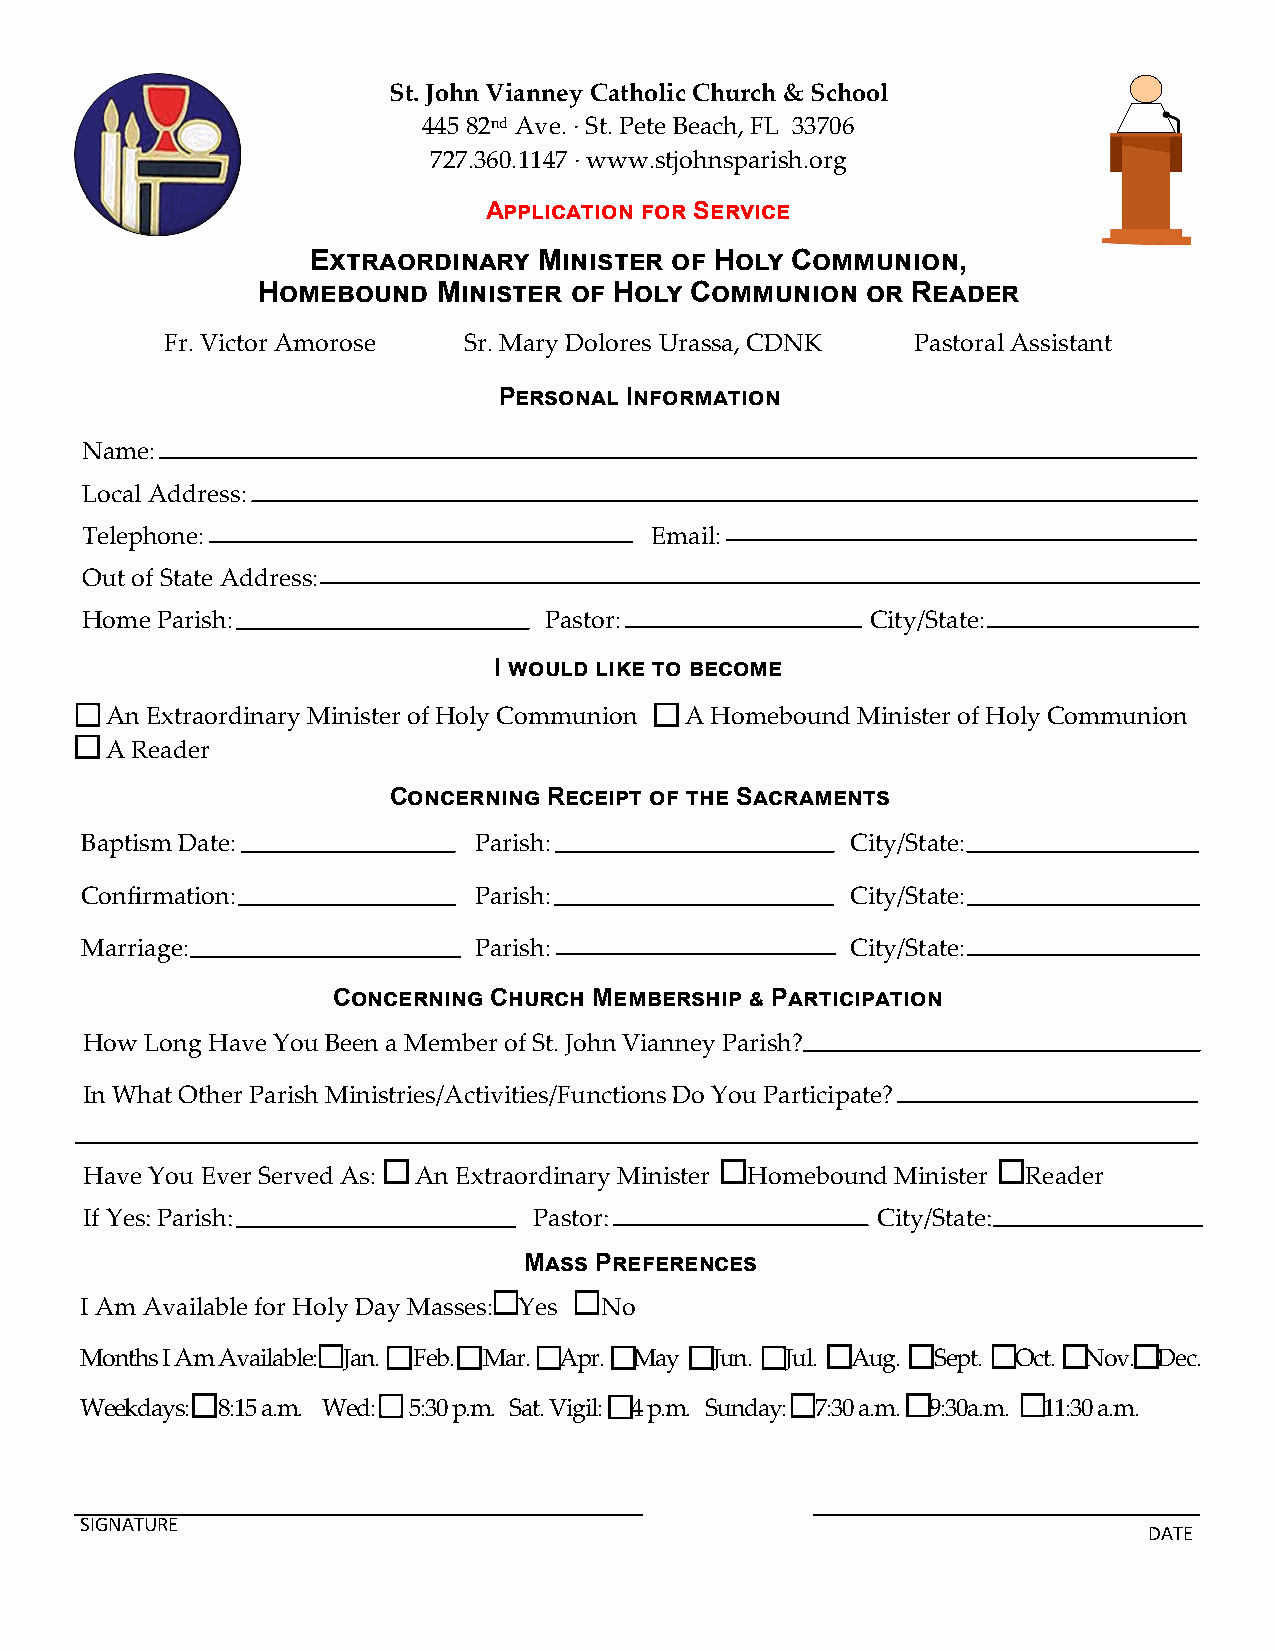
St. John Vianney Catholic Church & School
 445 82nd Ave. · St. Pete Beach, FL 33706
 727.360.1147 · www.stjohnsparish.org
 Application for Service
 Extraordinary   Minister of Holy Communion,
 Homebound   Minister of Holy Communion  or Reader
 Fr. Victor Amorose  Sr. Mary Dolores Urassa, CDNK Pastoral Assistant
 Personal Information
 Name:
 Local Address:
 Telephone:                            Email:
 Out of State Address:
 Home Parish:                   Pastor:               City/State:
 I would like to become
 An Extraordinary Minister of Holy Communion A Homebound Minister of Holy Communion
 A Reader
 Concerning Receipt of the Sacraments
 Baptism Date:             Parish:                  City/State:
 Confirmation:             Parish:                  City/State:
 Marriage:                 Parish:                  City/State:
 Concerning Church Membership & Participation
 How  Long Have You Been a Member of St. John Vianney Parish?
 In What Other Parish Ministries/Activities/Functions Do You Participate?
 Have You Ever Served As: An Extraordinary Minister Homebound Minister Reader
 If Yes: Parish:               Pastor:                City/State:
 Mass Preferences
 I Am Available for Holy Day Masses: Yes No
 Months I Am Available: Jan. Feb. Mar. Apr. May Jun. Jul. Aug. Sept. Oct. Nov. Dec.
 Weekdays: 8:15 a.m. Wed: 5:30 p.m. Sat. Vigil: 4 p.m. Sunday: 7:30 a.m. 9:30a.m. 11:30 a.m.
 SIGNATURE
 DATE